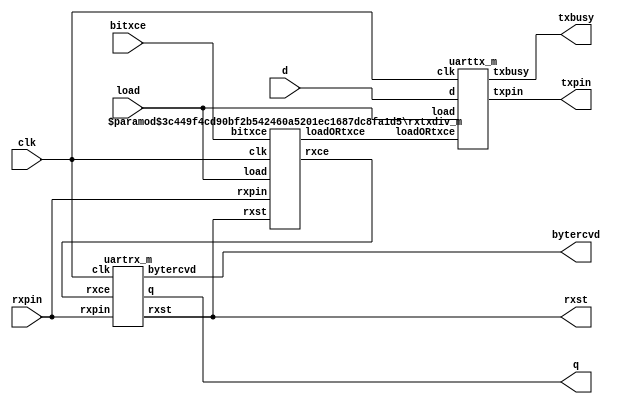
/* High level version of a small simple asynchronous transmitter/receiver
   For documentation see the wiki pages. */
/*              
MIT License
Copyright (c) 2016 Baard Nossum
Permission is hereby granted, free of charge, to any person obtaining a copy
of this software and associated documentation files (the "Software"), to deal
in the Software without restriction, including without limitation the rights
to use, copy, modify, merge, publish, distribute, sublicense, and/or sell
copies of the Software, and to permit persons to whom the Software is
furnished to do so, subject to the following conditions:
The above copyright notice and this permission notice shall be included in all
copies or substantial portions of the Software.
THE SOFTWARE IS PROVIDED "AS IS", WITHOUT WARRANTY OF ANY KIND, EXPRESS OR
IMPLIED, INCLUDING BUT NOT LIMITED TO THE WARRANTIES OF MERCHANTABILITY,
FITNESS FOR A PARTICULAR PURPOSE AND NONINFRINGEMENT. IN NO EVENT SHALL THE
AUTHORS OR COPYRIGHT HOLDERS BE LIABLE FOR ANY CLAIM, DAMAGES OR OTHER
LIABILITY, WHETHER IN AN ACTION OF CONTRACT, TORT OR OTHERWISE, ARISING FROM,
OUT OF OR IN CONNECTION WITH THE SOFTWARE OR THE USE OR OTHER DEALINGS IN THE
SOFTWARE.
*/
////////////////////////////////////////////////////////////////////////////////
module uart
  # (parameter SUBDIV16 = 0, //  Examine rx line 16 or 8 times per bit
     ADJUSTSAMPLEPOINT = 0   //  Set to 1 when bitrate*8/clk < 2 (SUBDIV16 = 0),
     ) (                     //  or bitrate*16/clk < 2 (for SUBDIV16 = 1).
        input        clk, //     System clock
        input        bitxce, //  High 1 clock cycle 8 or 16 times per bit
        input        load, //    Time to transmit a byte. Load transmit buffer
        input [7:0]  d, //       Byte to load into transmit buffer
        input        rxpin, //   Connect to receive pin of uart
        output       txpin, //   Connect to INVERTED transmit pin of uart
        output       txbusy, //  Status of transmit. When high do not load
        output       bytercvd, //Status receive. True 1 clock cycle only
        output [1:0] rxst, //    Testbench need access to receive state machine
        output [7:0] q //        Received byte from serial receive/byte buffer
        );
   /*AUTOWIRE*/
   // Beginning of automatic wires (for undeclared instantiated-module outputs)
   wire			loadORtxce;		// From rxtxdiv_i of rxtxdiv_m.v
   wire			rxce;			// From rxtxdiv_i of rxtxdiv_m.v
   // End of automatics
   uarttx_m uarttx_i (/*AUTOINST*/
		      // Outputs
		      .txpin		(txpin),
		      .txbusy		(txbusy),
		      // Inputs
		      .clk		(clk),
		      .load		(load),
		      .loadORtxce	(loadORtxce),
		      .d		(d[7:0]));
   uartrx_m uartrx_i (/*AUTOINST*/
		      // Outputs
		      .bytercvd		(bytercvd),
		      .rxst		(rxst[1:0]),
		      .q		(q[7:0]),
		      // Inputs
		      .clk		(clk),
		      .rxce		(rxce),
		      .rxpin		(rxpin));
   rxtxdiv_m #( .ADJUSTSAMPLEPOINT(ADJUSTSAMPLEPOINT),
                .SUBDIV16(SUBDIV16))
   rxtxdiv_i
     (/*AUTOINST*/
      // Outputs
      .loadORtxce			(loadORtxce),
      .rxce				(rxce),
      // Inputs
      .clk				(clk),
      .bitxce				(bitxce),
      .load				(load),
      .rxpin				(rxpin),
      .rxst				(rxst[1:0]));
endmodule
////////////////////////////////////////////////////////////////////////////////
module uarttx_m
  (input       clk,load,loadORtxce,
   input [7:0] d,
   output reg  txpin, txbusy
   );
   reg [9:0]   a;
`ifdef SIM
   initial begin txbusy = 0; txpin = 0; a = 0;  end
`endif   
   always @(posedge clk) 
     if ( loadORtxce ) begin
        a[9:0] <= load ? ~{1'b0,d,1'b0} : {1'b0,a[9:1]};
        txbusy <= load | |a[9:1]; 
        txpin  <= (load & txpin) | (!load & |a[9:1] & a[0]);
     end
endmodule
////////////////////////////////////////////////////////////////////////////////
module uartrxsm_m
  # ( parameter HUNT = 2'b00, GRCE = 2'b01, ARMD = 2'b10, RECV = 2'b11 )
   (input            clk,rxce,rxpin,lastbit,
    output           bytercvd,
    output reg [1:0] rxst
    );
   reg [1:0]         nxt;   
`ifdef SIM
   initial rxst = 0;
`endif
   always @(/*AS*/lastbit or rxce or rxpin or rxst) begin
      casez ( {rxst,rxpin,lastbit,rxce} )
        {HUNT,3'b1??} : nxt = HUNT; 
        {HUNT,3'b0?0} : nxt = HUNT; 
        {HUNT,3'b0?1} : nxt = ARMD; 
        {ARMD,3'b??0} : nxt = ARMD;
        {ARMD,3'b0?1} : nxt = RECV;
        {ARMD,3'b1?1} : nxt = HUNT; // False start bit.
        {RECV,3'b??0} : nxt = RECV;
        {RECV,3'b?01} : nxt = RECV;
        {RECV,3'b?11} : nxt = GRCE;
        {GRCE,3'b??0} : nxt = GRCE;
        {GRCE,3'b0?1} : nxt = HUNT; // Stop bit wrong, reject byte.
        {GRCE,3'b1?1} : nxt = HUNT; // Byte received
      endcase
   end
   always @(posedge clk)
     rxst <= nxt;
   assign bytercvd = (rxst == GRCE) && rxpin && rxce;
endmodule
////////////////////////////////////////////////////////////////////////////////
module uartrx_m
  # (parameter HUNT = 2'b00, GRCE = 2'b01, ARMD = 2'b10, RECV = 2'b11 )
   (
    input            clk,rxce,rxpin,
    output           bytercvd,
    output [1:0]     rxst,
    output reg [7:0] q
    );
`ifdef SIM
   initial q = 0;
`endif
   uartrxsm_m #(.HUNT(HUNT), .GRCE(GRCE), .ARMD(ARMD), .RECV(RECV))
   rxsm(// Inputs
        .lastbit( q[0] ),
        /*AUTOINST*/
	// Outputs
	.bytercvd			(bytercvd),
	.rxst				(rxst[1:0]),
	// Inputs
	.clk				(clk),
	.rxce				(rxce),
	.rxpin				(rxpin));
   always @(posedge clk)
     if ( rxce )
       q <= (rxst == ARMD) ? 8'h80 : (rxst == RECV) ? {rxpin,q[7:1]} : q;
endmodule
////////////////////////////////////////////////////////////////////////////////
module rxtxdiv_m
  # (parameter HUNT = 2'b00, GRCE = 2'b01, ARMD = 2'b10, RECV = 2'b11,
     SUBDIV16 = 0, ADJUSTSAMPLEPOINT = 0
     )
   (input       clk,bitxce,load,rxpin,
    input [1:0] rxst,
    output      loadORtxce,
    output reg  rxce
    );
   localparam   rstval = SUBDIV16 ? (ADJUSTSAMPLEPOINT ? 4'b1001 : 4'b1000) :
                                    (ADJUSTSAMPLEPOINT ? 3'b101  : 3'b100);
   reg [2+SUBDIV16:0]    txcnt,rxcnt;
`ifdef SIM
   initial txcnt = 0;
`endif
   always @(posedge clk) begin
      if ( bitxce ) begin
         txcnt <= txcnt + 1;
         rxcnt <= rxst == HUNT ? rstval : (rxcnt+1);
      end
      rxce <= ((rxst != HUNT) & (&rxcnt & bitxce) ) 
        | ((rxst == HUNT | rxst == GRCE) & rxpin);
   end      
   assign loadORtxce = (&txcnt & bitxce) | load;
endmodule